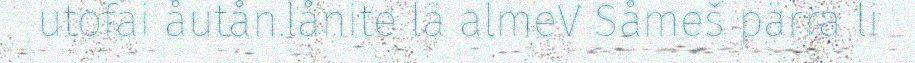
utofai åutån.lånite lä almeV Såmeš pärra li